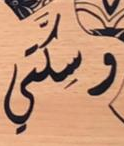
وسكتي